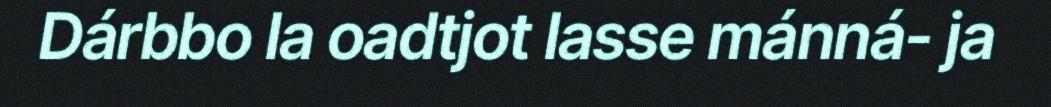
Dárbbo la oadtjot lasse mánná- ja